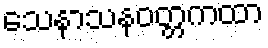
သေနာသနဝတ္တကထာ